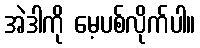
အဲဒါကို မေ့ပစ်လိုက်ပါ။